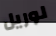
لوريل